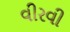
વીરવી